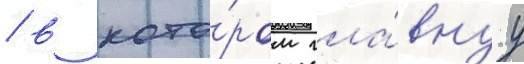
/ в кото́ром гла́внуу